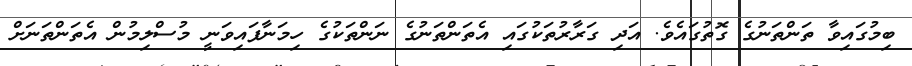
ބިމުގައިވާ ތަންތަނުގެ ގޮތުގައެވެ. އަދި ގަރާރުތަކުގައި އެތަންތަނުގެ ނަންތަކުގެ ހިމަނާފައިވަނީ މުސްލިމުން އެތަންތަނަށް